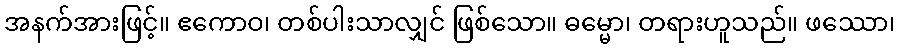
အနက်အားဖြင့်။ ဧကောဝ၊ တစ်ပါးသာလျှင် ဖြစ်သော။ ဓမ္မော၊ တရားဟူသည်။ ဖဿော၊